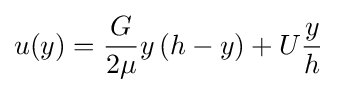
u(y)={\frac {G}{2\mu }}y\,(h-y)+U{\frac {y}{h}}